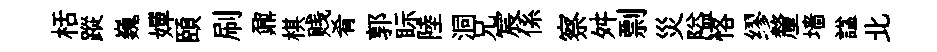
栝蹤巍嬋頤刷鼐棋贱肴郭眎陸洞兄宸係察舛剽災隘恪缪釐墙諡北